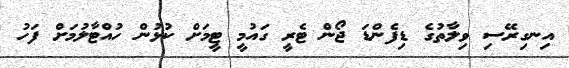
އިނގިރޭސި ވިލާތުގެ ޑިފެންޑަ ޖޯން ޓެރީ ގައުމީ ޓީމަށް ކުޅުން ހުއްޓާލުމަށް ފަހު